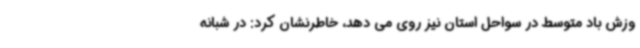
وزش باد متوسط در سواحل استان نیز روی می دهد، خاطرنشان کرد: در شبانه